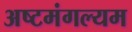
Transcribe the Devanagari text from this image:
अष्टमंगल्यम